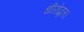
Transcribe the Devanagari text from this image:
धीरोद्धत।